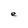
Character: e